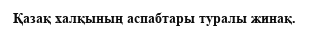
Қазақ халқының аспабтары туралы жинақ.